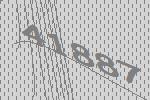
41887